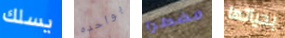
يسلك بواحده مضطرا بحياتها